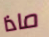
ماذا